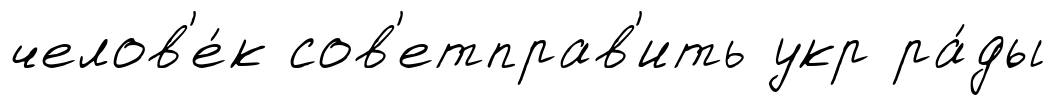
челов'е́к сов'етправ'ить укр ра́ды